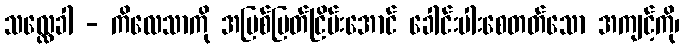
သလ္လေခါ - ကိလေသာကို အမြစ်ပြတ်ငြိမ်းအောင် ခေါင်းပါးစေတတ်သော အကျင့်ကို၊